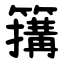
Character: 簼